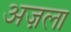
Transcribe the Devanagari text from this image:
अज़ला